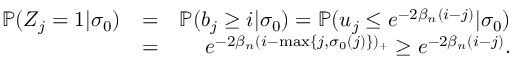
\begin{array} { r l r } { \mathbb { P } ( Z _ { j } = 1 | \sigma _ { 0 } ) } & { = } & { \mathbb { P } ( b _ { j } \geq i | \sigma _ { 0 } ) = \mathbb { P } ( u _ { j } \leq e ^ { - 2 \beta _ { n } ( i - j ) } | \sigma _ { 0 } ) } \\ & { = } & { e ^ { - 2 \beta _ { n } ( i - \operatorname* { m a x } \{ j , \sigma _ { 0 } ( j ) \} ) _ { + } } \geq e ^ { - 2 \beta _ { n } ( i - j ) } . } \end{array}